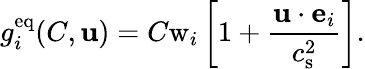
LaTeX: g_{i}^{\mathrm{eq}}(C,\mathbf{u})=C\mathrm{w}_{i}\left[1+\frac{\mathbf{u}\cdot\mathbf{e}_{i}}{c_{\mathrm{s}}^{2}}\right].